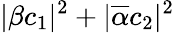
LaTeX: \lvert\beta c_{1}\rvert^{2}+\lvert\overline{{\alpha}}c_{2}\rvert^{2}